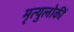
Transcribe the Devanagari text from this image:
मृत्युलोकीं